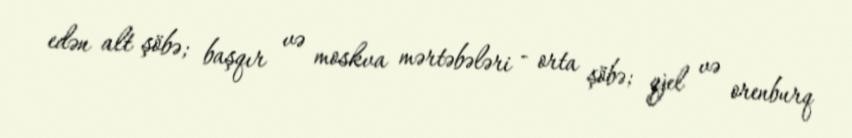
edən alt şöbə; başqır və moskva mərtəbələri - orta şöbə; qjel və orenburq